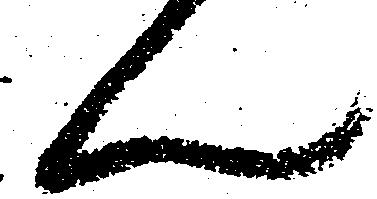
ん